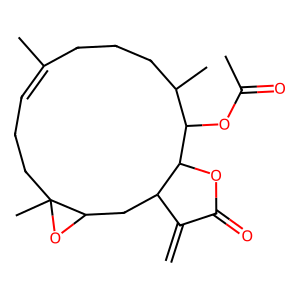
SMILES: C=C1C(=O)OC2C1CC1OC1(C)CCC=C(C)CCCC(C)C2OC(C)=O
Inhibits HIV replication: No